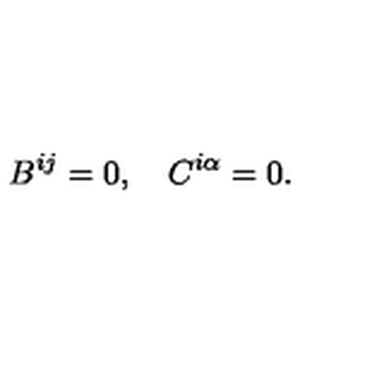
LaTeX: B ^ { i j } = 0 , \quad C ^ { i \alpha } = 0 .